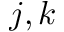
j , k